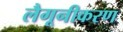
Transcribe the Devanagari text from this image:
लैगूनीकरण